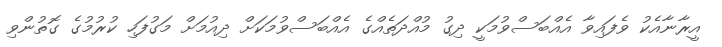
އީރާނާއެކު ވެފައިވާ އެއްބަސްވުމަކީ ދިގު މުއްދަތެއްގެ އެއްބަސްވުމަކަށް ދިއުމަށް މަގުފަހި ކުރުމުގެ ގޮތުންވި